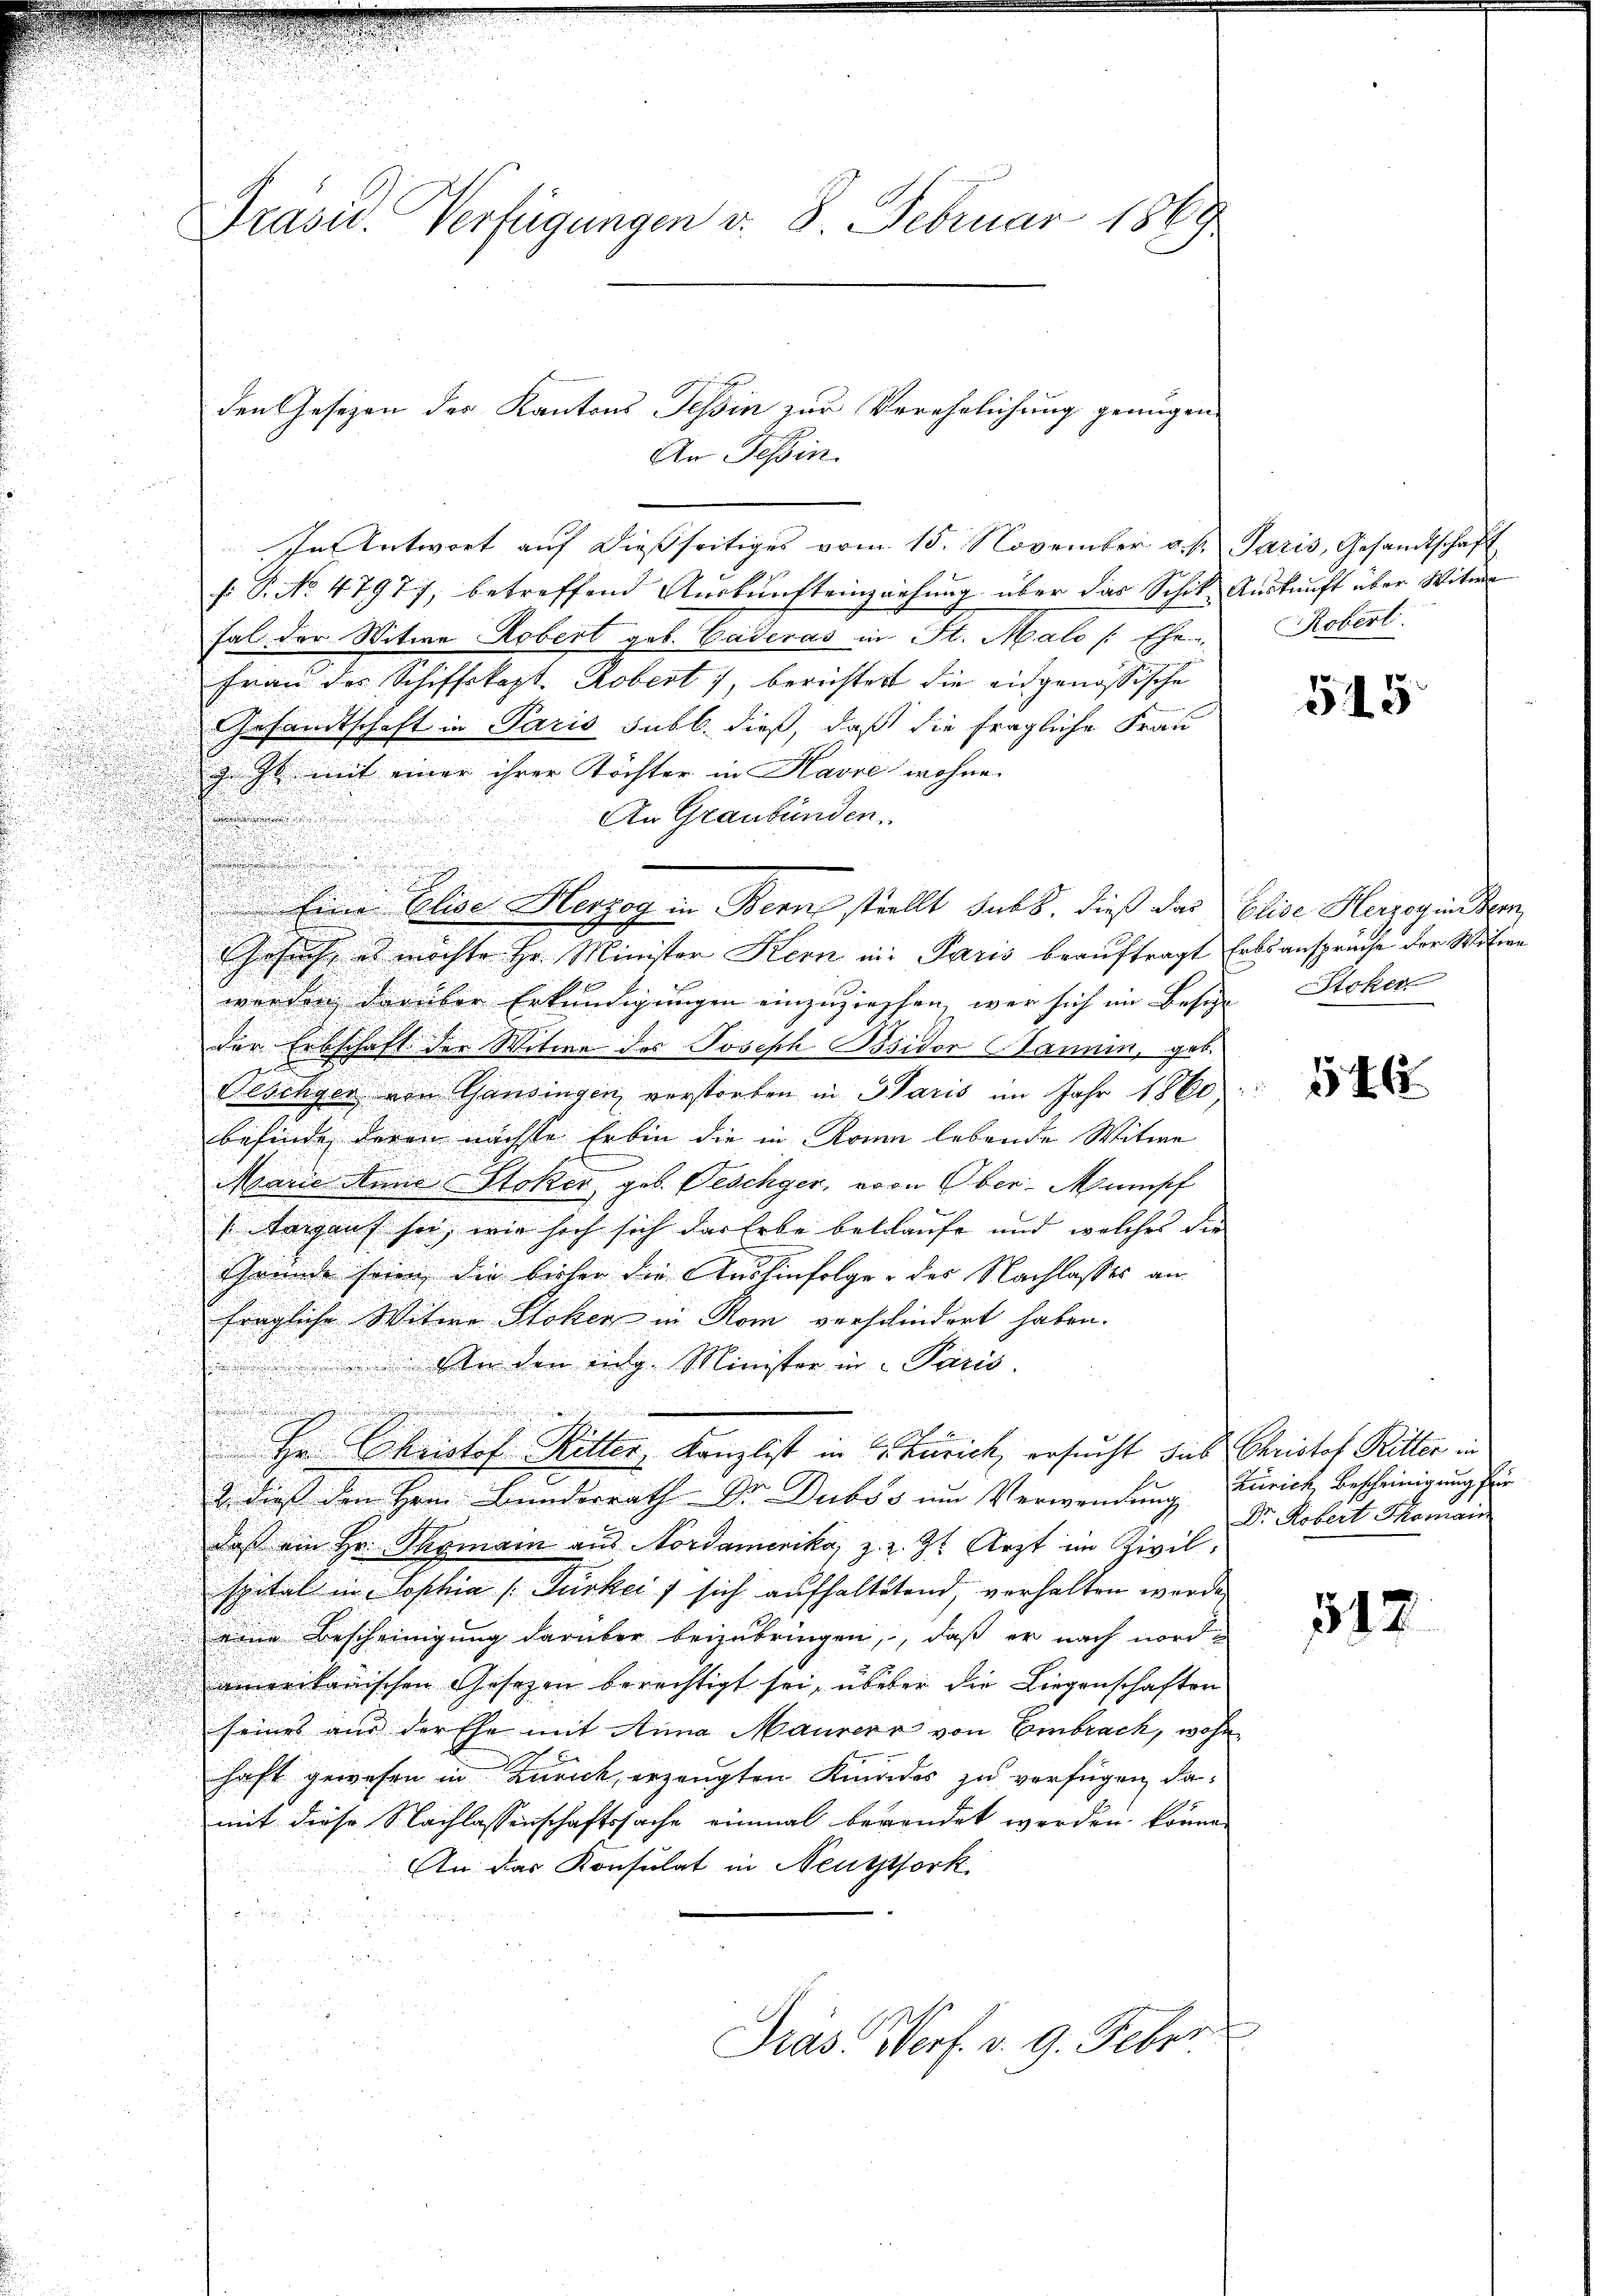
Präsid.. Verfügungen d. 8. Februar 1869

echen
In Antwort auf dießseitiges vom 15. November u. s.
f: P. No 4797), betreffend Auskunfteinziehung über das Schik
fal der Witwe Robert gob. Caderas in St. Malo [Ehe-
Frau des Schiffskapt. Robert, berichtest die eidgenössische
Gesandtschaft in Paris subl. dieß, daß die fragliche Frau
J. J. mit einer ihrer Töchter in Havre wohne
An Graubünden.
.
Gesuch, es möchte Hr. Minister Kern in Paris beauftragt
i
werden darüber Erkundigungen einzuziehen, war sich im Besige Stoker
d
d
der Erbschaft der Witwe des Joseph Bsidor Bannin, geb.

Neschyer von Gansingen verstorben in Paris im Jahr 1860
befinde deren nächste Erbin die in Romen lebende Witwe
Marie dann Stoker geb. Teschyer, von Ober-Minisch
s Aargaus sei, wie sich sich das Erbe belaufe und welches die
Gründe seien, die bisher die Aushinfolger des Nachlasses an
fragliche Witwe Stoken in Rom verschiedert haben.
n
An den eidg. Minister in Paris.
u
E. Christof Ritter, Kanzlist in C. Zürich ersucht, das Christof Ritter in
& dieß den Herrn Bunderrath Dr. Dubss um Verwendung
daß ein Hr. Thomain aus Nordamerika, z. Z. 3 Arzt im Zivil,
spital in Sophia (Türkeit sich aufhaltetend, verhalten werden
eine Bescheinigung darüber beizubringen, daß er nach nordamerikanischen Gesetzen berechtigt sei, überer die Liegenschaften
seines aus der Ehe mit Anna Maurers von Embrach, woh
haft gewesen in Zurick, erzeugten Kindes zu verfügen damit diese Nachlassenschaftssache einmal bewendet werden könne.
An das Konsulat in Neuzpfork

Präs. Norf. v. 9. Feber

den Gesezen der Kantons Tessin zur Verehelichung genügen.
An Tessin.

Eine Eliser Herzog in Bern stellt sub. dieß das

Paris, Gesandtschaft
Auskunft über Witwe
Robert.

515

Elise Herzogin Ken
Erbsansprüche der Witwe

546

Zürich, Bescheinigung für
Dr. Robert Thomain

512